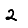
Digit: 2